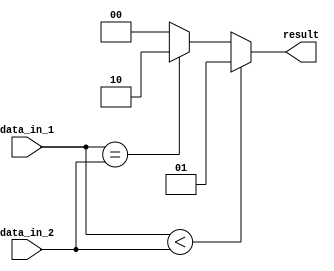
module Serial_Comparator (
    input [7:0] data_in_1,
    input [7:0] data_in_2,
    output reg [1:0] result
);

always @* begin
    if(data_in_1 < data_in_2)
        result = 2'b01; // First input is less than second input
    else if(data_in_1 == data_in_2)
        result = 2'b10; // First input is equal to second input
    else
        result = 2'b00; // First input is greater than second input
end

endmodule